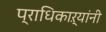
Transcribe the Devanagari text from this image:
प्राधिकाऱ्यांनी